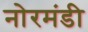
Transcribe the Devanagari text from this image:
नोरमंडी